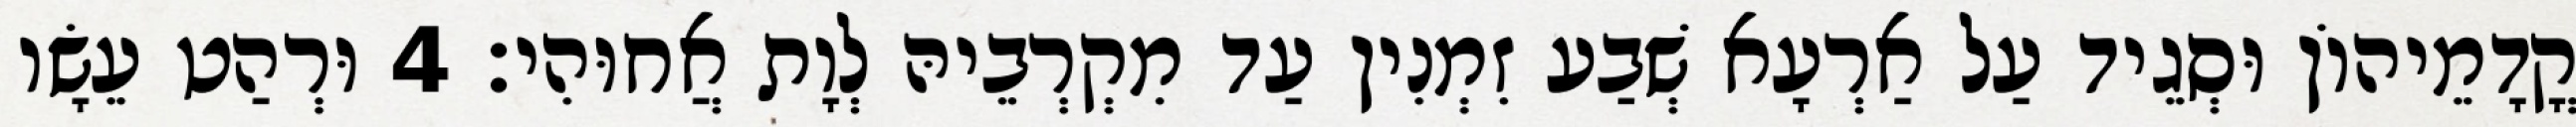
קֳדָמֵיהוֹן וּסְגֵיד עַל אַרְעָא שְׁבַע זִמְנִין עַד מִקְרְבֵיהּ לְוָת אֲחוּהִי׃ 4 וּרְהַט עֵשָׂו